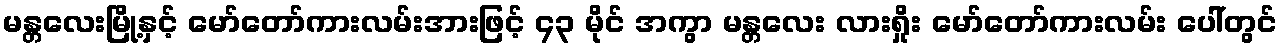
မန္တလေးမြို့နှင့် မော်တော်ကားလမ်းအားဖြင့် ၄၃ မိုင် အကွာ မန္တလေး လားရှိုး မော်တော်ကားလမ်း ပေါ်တွင်